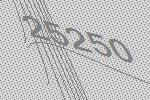
25250